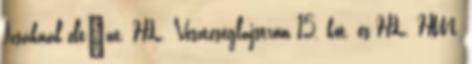
Izsáknál eltınt. HL. Veszteséglajstrom 15. köt. és HL. HM.